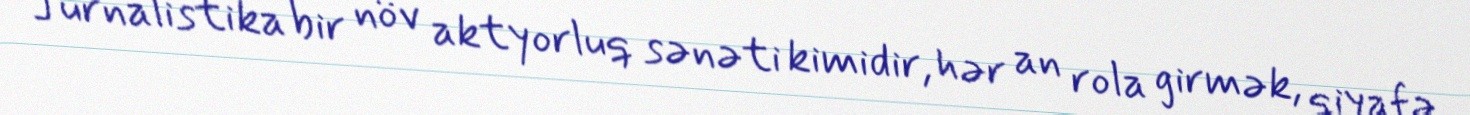
Jurnalistika bir növ aktyorluq sənəti kimidir, hər an rola girmək, qiyafə